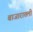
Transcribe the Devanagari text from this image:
बाजारातली